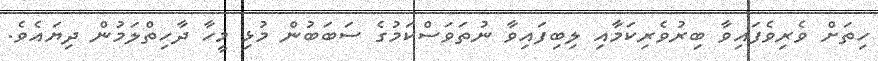
ހިތަށް ވެރިވެފައިވާ ބިރުވެރިކަމާއި ލިބިފައިވާ ނުތަވަސްކަމުގެ ސަބަބުން މުޅި މީހާ ދާހިތްލަމުން ދިޔައެވެ.